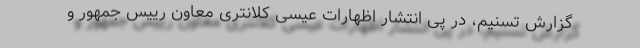
گزارش تسنیم، در پی انتشار اظهارات عیسی کلانتری معاون رییس جمهور و